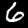
Digit: 6